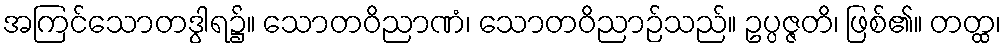
အကြင်သောတဒွါရ၌။ သောတဝိညာဏံ၊ သောတဝိညာဉ်သည်။ ဥပ္ပဇ္ဇတိ၊ ဖြစ်၏။ တတ္ထ၊